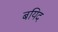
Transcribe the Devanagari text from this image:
बयिद